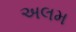
અલમ